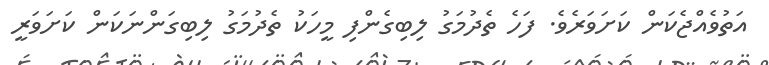
އަތުވެއްޖެކަން ކަށަވަރެވެ. ފަހެ ތެދުމަގު ލިބިގެންފި މީހަކު ތެދުމަގު ލިބިގަންނަކަން ކަށަވަރީ